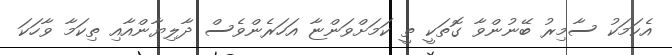
އެކަމަކު ސާމިރު ބޭނުންވާ ގޮތަކީ ތީ ކަމަށްވަންޏާ އަހަރެންވެސް ދާލިޔާންއާއި ތިކަމާ ވާހަކަ